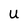
Character: U